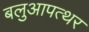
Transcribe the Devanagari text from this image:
बलुआपत्थर